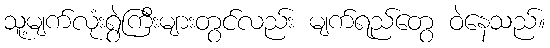
သူ့မျက်လုံးရွဲကြီးများတွင်လည်း မျက်ရည်တွေ ဝဲနေသည်။